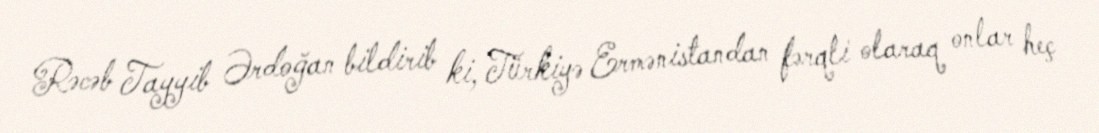
Rəcəb Tayyib Ərdoğan bildirib ki, Türkiyə Ermənistandan fərqli olaraq onlar heç